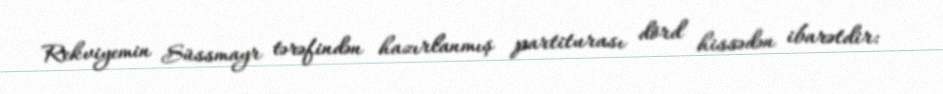
Rekviyemin Süssmayr tərəfindən hazırlanmış partiturası dörd hissədən ibarətdir: